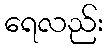
ရေလည်း